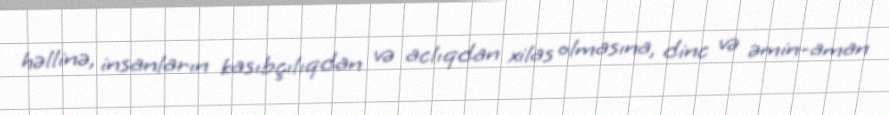
həllinə, insanların kasıbçılıqdan və aclıqdan xilas olmasına, dinc və əmin-aman